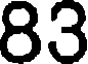
83